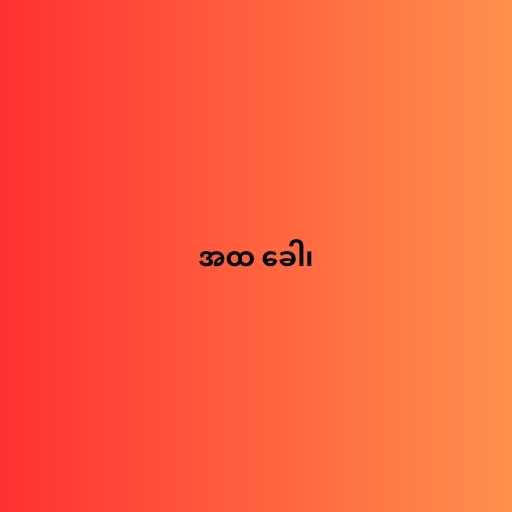
အထ ခေါ၊